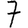
Digit: 7